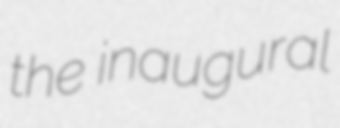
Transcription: the inaugural